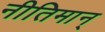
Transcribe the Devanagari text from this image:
नीतिमान्